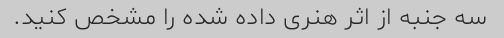
سه جنبه از اثر هنری داده شده را مشخص کنید.